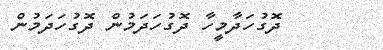
ދޮގުހަދާމީހާ ދޮގުހަދަމުން ދޮގުހަދަމުން